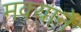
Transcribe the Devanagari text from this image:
मक्याने